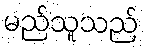
မည်သူသည်